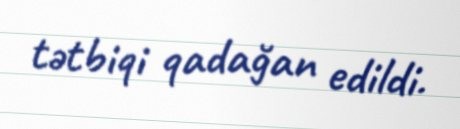
tətbiqi qadağan edildi.